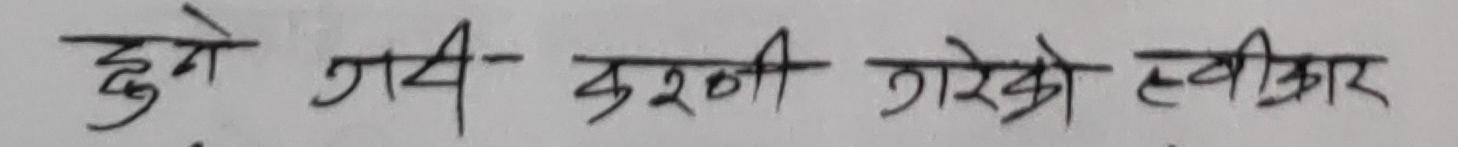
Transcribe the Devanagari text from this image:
हुने गरी करणी गरेको स्वीकार